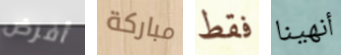
أفرض مباركة فقط أنهينا